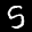
Label: 5